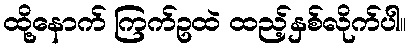
ထို့နောက် ကြက်ဥထဲ ထည့်နှစ်လိုက်ပါ။